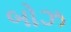
બોઝ